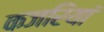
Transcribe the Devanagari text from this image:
कजरियां